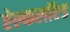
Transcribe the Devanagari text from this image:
ऐल्कलॉएड